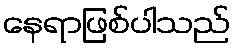
နေရာဖြစ်ပါသည်